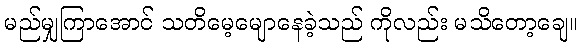
မည်မျှကြာအောင် သတိမေ့မျောနေခဲ့သည် ကိုလည်း မသိတော့ချေ။